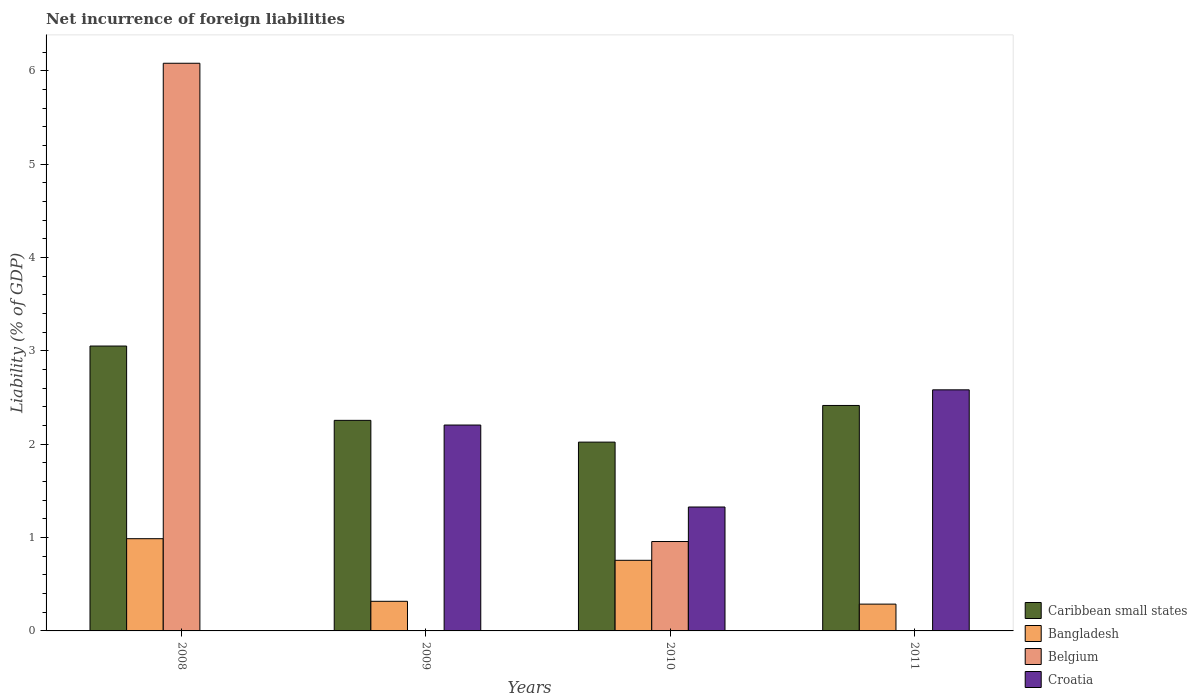
| Years | Caribbean small states | Bangladesh | Belgium | Croatia |
 | --- | --- | --- | --- | --- |
 | 2008 | 3.05 | 0.988 | 6.08 | -0.328 |
 | 2009 | 2.26 | 0.317 | -0.243 | 2.21 |
 | 2010 | 2.02 | 0.757 | 0.958 | 1.33 |
 | 2011 | 2.42 | 0.287 | -4.67 | 2.58 |